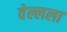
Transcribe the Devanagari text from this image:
वेल्लला